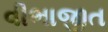
વીભાજીત